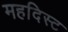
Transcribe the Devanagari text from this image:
महदिस्ट